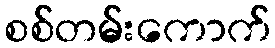
စစ်တမ်းကောက်